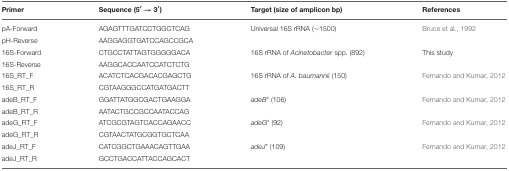
<table><thead><tr><td><b>Primer</b></td><td><b>Sequence (5′ → 3′)</b></td><td><b>Target (size of amplicon bp)</b></td><td><b>References</b></td></tr></thead><tbody><tr><td>pA-Forward</td><td>AGAGTTTGATCCTGGCTCAG</td><td>Universal 16S rRNA (~1500)</td><td>Bruce et al., 1992</td></tr><tr><td>pH-Reverse</td><td>AAGGAGGTGATCCAGCCGCA</td><td>[EMPTY_CELL]</td><td>[EMPTY_CELL]</td></tr><tr><td>16S-Forward</td><td>CTGCCTATTAGTGGGGGACA</td><td>16S rRNA of <i>Acinetobacter</i> spp. (892)</td><td>This study</td></tr><tr><td>16S-Reverse</td><td>AAGGCACCAATCCATCTCTG</td><td>[EMPTY_CELL]</td><td>[EMPTY_CELL]</td></tr><tr><td>16S_RT_F</td><td>ACATCTCACGACACGAGCTG</td><td>16S rRNA of <i>A. baumannii</i> (150)</td><td>Fernando and Kumar, 2012</td></tr><tr><td>16S_RT_R</td><td>CGTAAGGGCCATGATGACTT</td><td>[EMPTY_CELL]</td><td>[EMPTY_CELL]</td></tr><tr><td>adeB_RT_F</td><td>GGATTATGGCGACTGAAGGA</td><td><i>adeB</i><sup>*</sup> (106)</td><td>Fernando and Kumar, 2012</td></tr><tr><td>adeB_RT_R</td><td>AATACTGCCGCCAATACCAG</td><td>[EMPTY_CELL]</td><td>[EMPTY_CELL]</td></tr><tr><td>adeG_RT_F</td><td>ATCGCGTAGTCACCAGAACC</td><td><i>adeG</i><sup>*</sup> (92)</td><td>Fernando and Kumar, 2012</td></tr><tr><td>adeG_RT_R</td><td>CGTAACTATGCGGTGCTCAA</td><td>[EMPTY_CELL]</td><td>[EMPTY_CELL]</td></tr><tr><td>adeJ_RT_F</td><td>CATCGGCTGAAACAGTTGAA</td><td><i>adeJ</i><sup>*</sup> (109)</td><td>Fernando and Kumar, 2012</td></tr><tr><td>adeJ_RT_R</td><td>GCCTGACCATTACCAGCACT</td><td>[EMPTY_CELL]</td><td>[EMPTY_CELL]</td></tr></tbody></table>